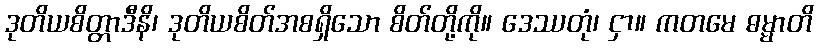
ဒုတိယစိတ္တာဒီနိ၊ ဒုတိယစိတ်အစရှိသော စိတ်တို့ကို။ ဒေဿတုံ၊ ငှာ။ ကတမေ ဓမ္မာတိ